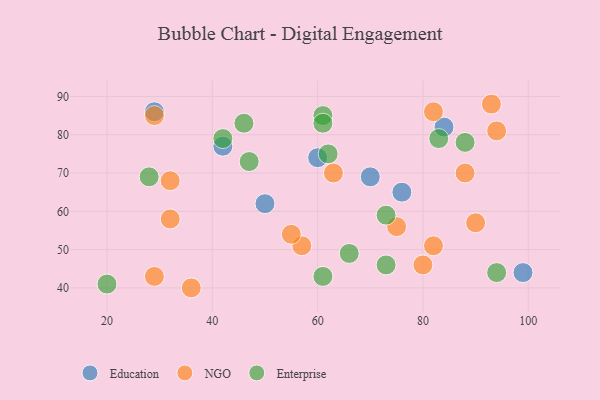
{"axis": {"x": "GDP", "y": "Life Expectancy"}, "legend": ["Education", "Enterprise", "NGO"], "data": [{"x": "76", "y": 65, "type": "Education"}, {"x": "29", "y": 86, "type": "Education"}, {"x": "84", "y": 82, "type": "Education"}, {"x": "42", "y": 77, "type": "Education"}, {"x": "60", "y": 74, "type": "Education"}, {"x": "99", "y": 44, "type": "Education"}, {"x": "50", "y": 62, "type": "Education"}, {"x": "70", "y": 69, "type": "Education"}, {"x": "75", "y": 56, "type": "NGO"}, {"x": "57", "y": 51, "type": "NGO"}, {"x": "88", "y": 70, "type": "NGO"}, {"x": "29", "y": 85, "type": "NGO"}, {"x": "90", "y": 57, "type": "NGO"}, {"x": "82", "y": 86, "type": "NGO"}, {"x": "93", "y": 88, "type": "NGO"}, {"x": "32", "y": 58, "type": "NGO"}, {"x": "63", "y": 70, "type": "NGO"}, {"x": "32", "y": 68, "type": "NGO"}, {"x": "94", "y": 81, "type": "NGO"}, {"x": "29", "y": 43, "type": "NGO"}, {"x": "55", "y": 54, "type": "NGO"}, {"x": "82", "y": 51, "type": "NGO"}, {"x": "36", "y": 40, "type": "NGO"}, {"x": "80", "y": 46, "type": "NGO"}, {"x": "47", "y": 73, "type": "Enterprise"}, {"x": "61", "y": 43, "type": "Enterprise"}, {"x": "73", "y": 59, "type": "Enterprise"}, {"x": "62", "y": 75, "type": "Enterprise"}, {"x": "46", "y": 83, "type": "Enterprise"}, {"x": "73", "y": 46, "type": "Enterprise"}, {"x": "83", "y": 79, "type": "Enterprise"}, {"x": "61", "y": 85, "type": "Enterprise"}, {"x": "94", "y": 44, "type": "Enterprise"}, {"x": "61", "y": 83, "type": "Enterprise"}, {"x": "42", "y": 79, "type": "Enterprise"}, {"x": "66", "y": 49, "type": "Enterprise"}, {"x": "20", "y": 41, "type": "Enterprise"}, {"x": "88", "y": 78, "type": "Enterprise"}, {"x": "28", "y": 69, "type": "Enterprise"}]}